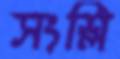
সংশ্লি